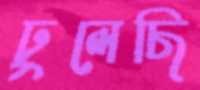
ঢুলেছি